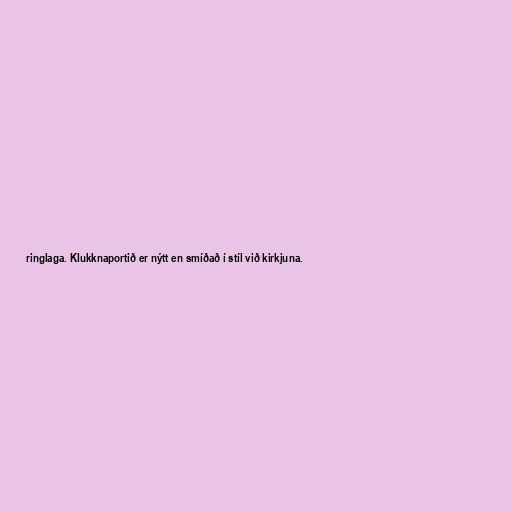
ringlaga. Klukknaportið er nýtt en smíðað í stíl við kirkjuna.